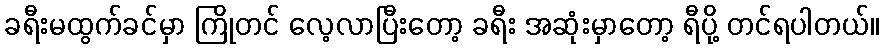
ခရီးမထွက်ခင်မှာ ကြိုတင် လေ့လာပြီးတော့ ခရီး အဆုံးမှာတော့ ရီပို့ တင်ရပါတယ်။